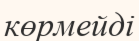
көрмейді